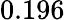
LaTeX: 0.196